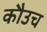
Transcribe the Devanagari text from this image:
कौउच